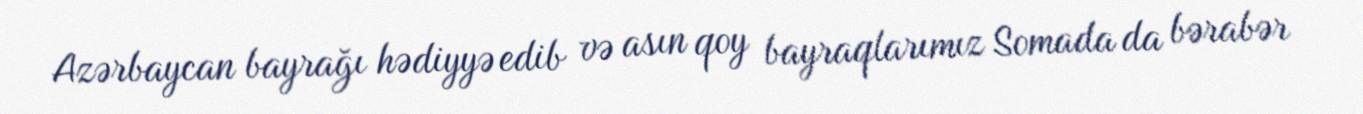
Azərbaycan bayrağı hədiyyə edib və asın qoy bayraqlarımız Somada da bərabər